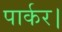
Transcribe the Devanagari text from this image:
पार्कर।